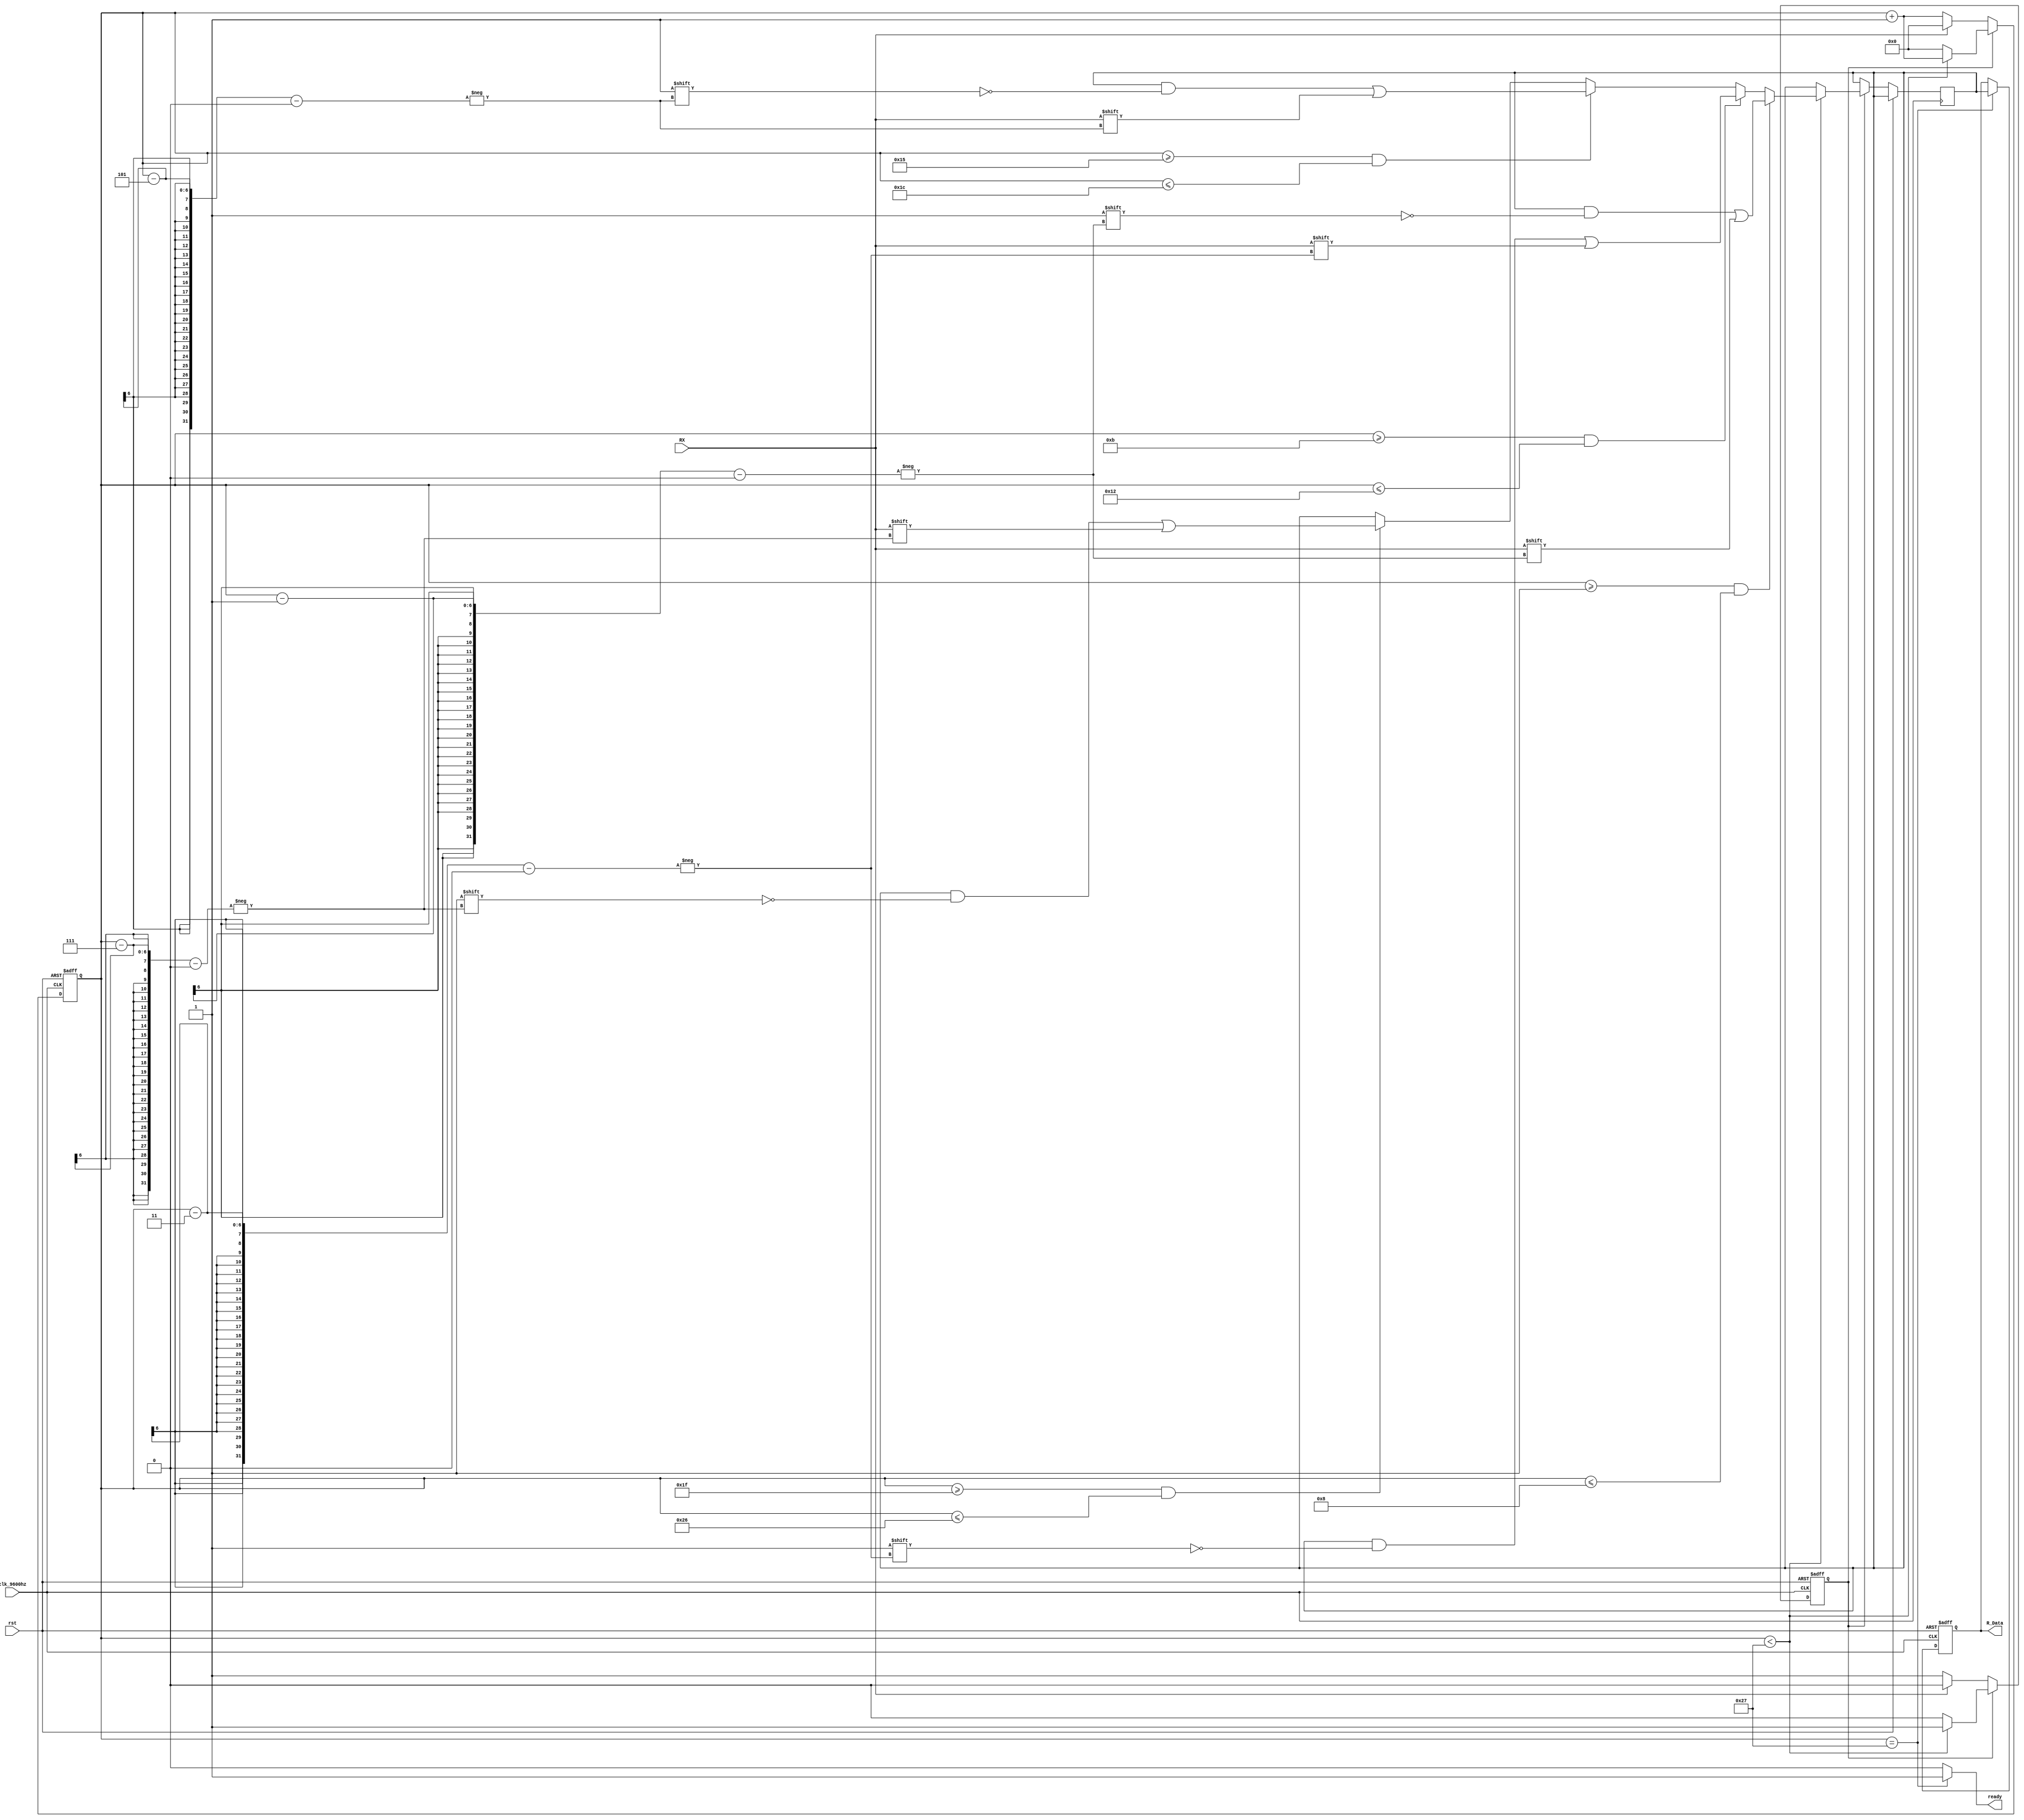
`timescale 1ns / 1ps
//////////////////////////////////////////////////////////////////////////////////
// Company: 
// Engineer: 
// 
// Design Name: 
// Module Name: Bluetooth_ReceiveData
// Project Name: 
// Target Devices: 
// Tool Versions: 
// Description: 
// 
// Dependencies: 
// 
// Revision:
// Revision 0.01 - File Created
// Additional Comments:
// 
//////////////////////////////////////////////////////////////////////////////////


module Bluetooth_ReceiveData(
    input clk_9600hz,rst,
    input RX,
    output ready,
    output reg [31:0]R_Data
    );
    reg [31:0]data_buffer;
    reg [5:0]cnt;
    reg begin_receive;
    parameter LENTH=39;
    
    assign ready=(cnt==39)?1:0;
    
    always @ (posedge clk_9600hz or posedge rst)
    begin
        if (rst)
        begin
            cnt<=0;
            begin_receive<=0;
        end
        else
        begin
            if (begin_receive==0)
            begin
                if (RX==0)
                begin
                    begin_receive<=1;
                    cnt<=cnt+1;
                end
                else
                begin
                    begin_receive<=0;
                    cnt<=0;
                end
            end
            else
            begin
                if (cnt<LENTH)
                begin
                    if (cnt>=1 && cnt<=8)
                    begin
                        data_buffer[cnt-1]<=RX;
                    end
                    else if (cnt>=11 && cnt<=18)
                    begin
                        data_buffer[cnt-3]<=RX;
                    end
                    else if (cnt>=21 && cnt<=28)
                    begin
                        data_buffer[cnt-5]<=RX;
                    end
                    else if (cnt>=31 && cnt<=38)
                    begin
                        data_buffer[cnt-7]<=RX;
                    end
                    cnt=cnt+1;
                    begin_receive=1;
                end
                else
                begin
                    begin_receive<=0;
                    cnt<=0;
                end
            end
        end
    end
    
    always @ (posedge clk_9600hz or posedge rst)
    begin
        if (rst)
        begin
            R_Data<=0;
        end
        else
        begin
            if (cnt==LENTH)
            begin
                R_Data<=data_buffer;
            end
        end
    end
    

endmodule